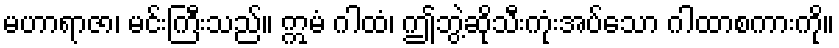
မဟာရာဇာ၊ မင်းကြီးသည်။ ဣမံ ဂါထံ၊ ဤဘွဲ့ဆိုသီးကုံးအပ်သော ဂါထာစကားကို။